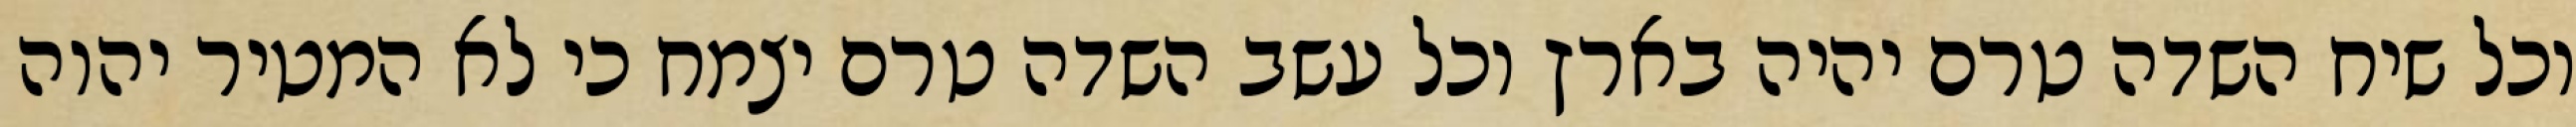
וכל שיח השדה טרם יהיה בארץ וכל עשב השדה טרם יצמח כי לא המטיר יהוה